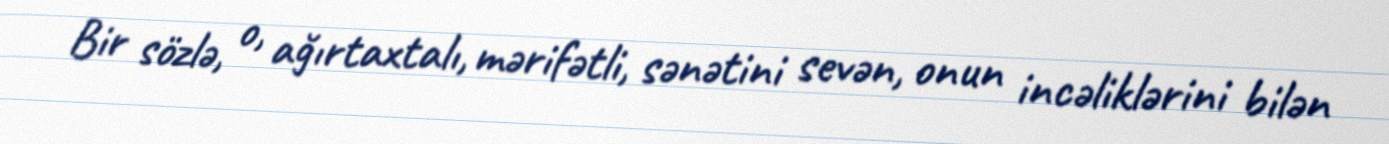
Bir sözlə, o, ağırtaxtalı, mərifətli, sənətini sevən, onun incəliklərini bilən